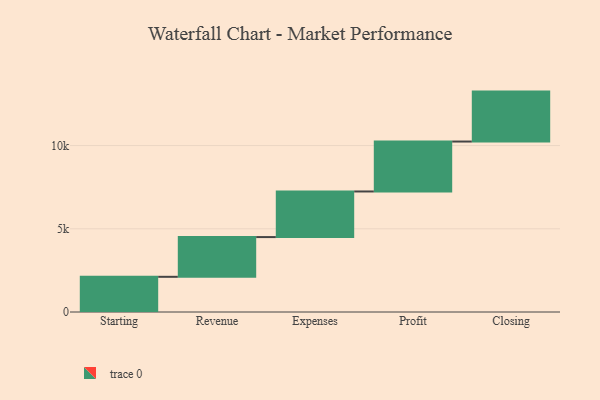
{"axis": {"x": "Step", "y": "Value"}, "legend": [""], "data": [{"x": "Starting", "y": 2114.0, "type": ""}, {"x": "Revenue", "y": 2387.0, "type": ""}, {"x": "Expenses", "y": 2740.0, "type": ""}, {"x": "Profit", "y": 3000, "type": ""}, {"x": "Closing", "y": 3000, "type": ""}]}